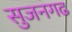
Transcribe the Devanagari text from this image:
सुजनगढ